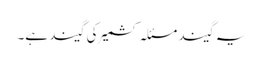
یہ گیند مسئلہ کشمیر کی گیند ہے۔